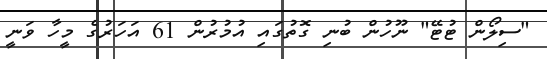
"ސިލޯން ޓުޓޭ" ނޫހުން ބުނި ގޮތުގައި އުމުރުން 61 އަހަރުގެ މީހާ ވަނީ